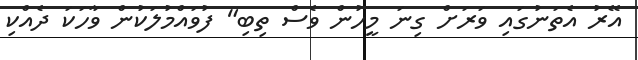
އޭރު އެތަނުގައި ވަރަށް ގިނަ މީހުން ވެސް ތިބި" ފުވައްމުލަކުން ވާހަކަ ދެއްކި